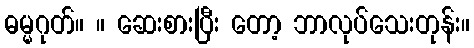
ဓမ္မဂုတ်။ ။ ဆေးစားပြီး တော့ ဘာလုပ်သေးတုန်း။